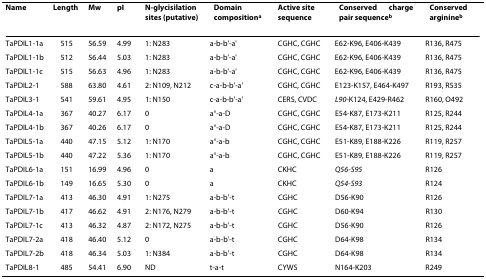
<table><thead><tr><td><b>Name</b></td><td><b>Length</b></td><td><b>Mw</b></td><td><b>pI</b></td><td><b>N-glycisilation sites (putative)</b></td><td><b>Domain composition<sup>a</sup></b></td><td><b>Active site sequence</b></td><td><b>Conserved charge pair sequence<sup>b</sup></b></td><td><b>Conserved arginine<sup>b</sup></b></td></tr></thead><tbody><tr><td>TaPDIL1-1a</td><td>515</td><td>56.59</td><td>4.99</td><td>1: N283</td><td>a-b-b&#x27;-a&#x27;</td><td>CGHC, CGHC</td><td>E62-K96, E406-K439</td><td>R136, R475</td></tr><tr><td>TaPDIL1-1b</td><td>512</td><td>56.44</td><td>5.03</td><td>1: N283</td><td>a-b-b&#x27;-a&#x27;</td><td>CGHC, CGHC</td><td>E62-K96, E406-K439</td><td>R136, R475</td></tr><tr><td>TaPDIL1-1c</td><td>515</td><td>56.63</td><td>4.96</td><td>1: N283</td><td>a-b-b&#x27;-a&#x27;</td><td>CGHC, CGHC</td><td>E62-K96, E406-K439</td><td>R136, R475</td></tr><tr><td>TaPDIL2-1</td><td>588</td><td>63.80</td><td>4.61</td><td>2: N109, N212</td><td>c-a-b-b&#x27;-a&#x27;</td><td>CGHC, CGHC</td><td>E123-K157, E464-K497</td><td>R193, R535</td></tr><tr><td>TaPDIL3-1</td><td>541</td><td>59.61</td><td>4.95</td><td>1: N150</td><td>c-a-b-b&#x27;-a&#x27;</td><td>CERS, CVDC</td><td><i>L90</i>-K124, E429-R462</td><td>R160, O492</td></tr><tr><td>TaPDIL4-1a</td><td>367</td><td>40.27</td><td>6.17</td><td>0</td><td>a°-a-D</td><td>CGHC, CGHC</td><td>E54-K87, E173-K211</td><td>R125, R244</td></tr><tr><td>TaPDIL4-1b</td><td>367</td><td>40.26</td><td>6.17</td><td>0</td><td>a°-a-D</td><td>CGHC, CGHC</td><td>E54-K87, E173-K211</td><td>R125, R244</td></tr><tr><td>TaPDIL5-1a</td><td>440</td><td>47.15</td><td>5.12</td><td>1: N170</td><td>a°-a-b</td><td>CGHC, CGHC</td><td>E51-K89, E188-K226</td><td>R119, R257</td></tr><tr><td>TaPDIL5-1b</td><td>440</td><td>47.22</td><td>5.36</td><td>1: N170</td><td>a°-a-b</td><td>CGHC, CGHC</td><td>E51-K89, E188-K226</td><td>R119, R257</td></tr><tr><td>TaPDIL6-1a</td><td>151</td><td>16.99</td><td>4.96</td><td>0</td><td>a</td><td>CKHC</td><td><i>Q56-S95</i></td><td>R126</td></tr><tr><td>TaPDIL6-1b</td><td>149</td><td>16.65</td><td>5.30</td><td>0</td><td>a</td><td>CKHC</td><td><i>Q54-S93</i></td><td>R124</td></tr><tr><td>TaPDIL7-1a</td><td>413</td><td>46.30</td><td>4.91</td><td>1: N275</td><td>a-b-b&#x27;-t</td><td>CGHC</td><td>D56-K90</td><td>R126</td></tr><tr><td>TaPDIL7-1b</td><td>417</td><td>46.62</td><td>4.91</td><td>2: N176, N279</td><td>a-b-b&#x27;-t</td><td>CGHC</td><td>D60-K94</td><td>R130</td></tr><tr><td>TaPDIL7-1c</td><td>413</td><td>46.32</td><td>4.87</td><td>2: N172, N275</td><td>a-b-b&#x27;-t</td><td>CGHC</td><td>D56-K90</td><td>R126</td></tr><tr><td>TaPDIL7-2a</td><td>418</td><td>46.40</td><td>5.12</td><td>0</td><td>a-b-b&#x27;-t</td><td>CGHC</td><td>D64-K98</td><td>R134</td></tr><tr><td>TaPDIL7-2b</td><td>418</td><td>46.34</td><td>5.03</td><td>1: N384</td><td>a-b-b&#x27;-t</td><td>CGHC</td><td>D64-K98</td><td>R134</td></tr><tr><td>TaPDIL8-1</td><td>485</td><td>54.41</td><td>6.90</td><td>ND</td><td>t-a-t</td><td>CYWS</td><td>N164-K203</td><td>R249</td></tr></tbody></table>